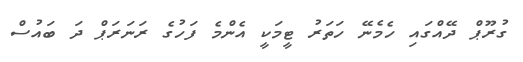
ގުރޫޕް ދޭއްގައި ހެމެނޭ ހަތަރު ޓީމަކީ އެންމެ ފަހުގެ ރަނަރަޕް ދަ ބައުސް